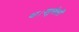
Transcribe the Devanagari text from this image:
था।यमुनोत्तरी